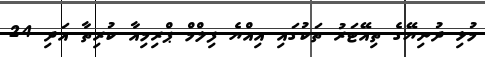
މުޅި ދުނިޔޭގެ ތިއޭޓަރު ތަކުގައި އިއްޔެ ފިލްމް ޕްރިމިއާ ކުރިތާ އަދި 24